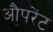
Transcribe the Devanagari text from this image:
औपरेंट